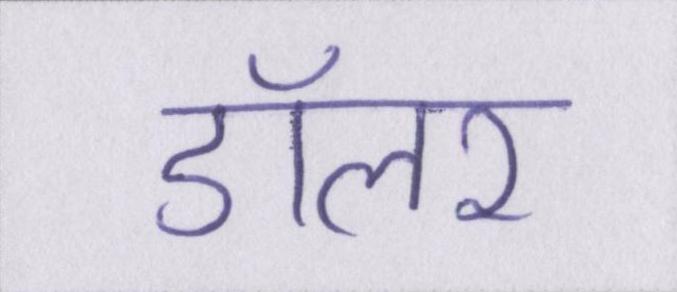
डॉलर